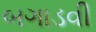
બગાડવી